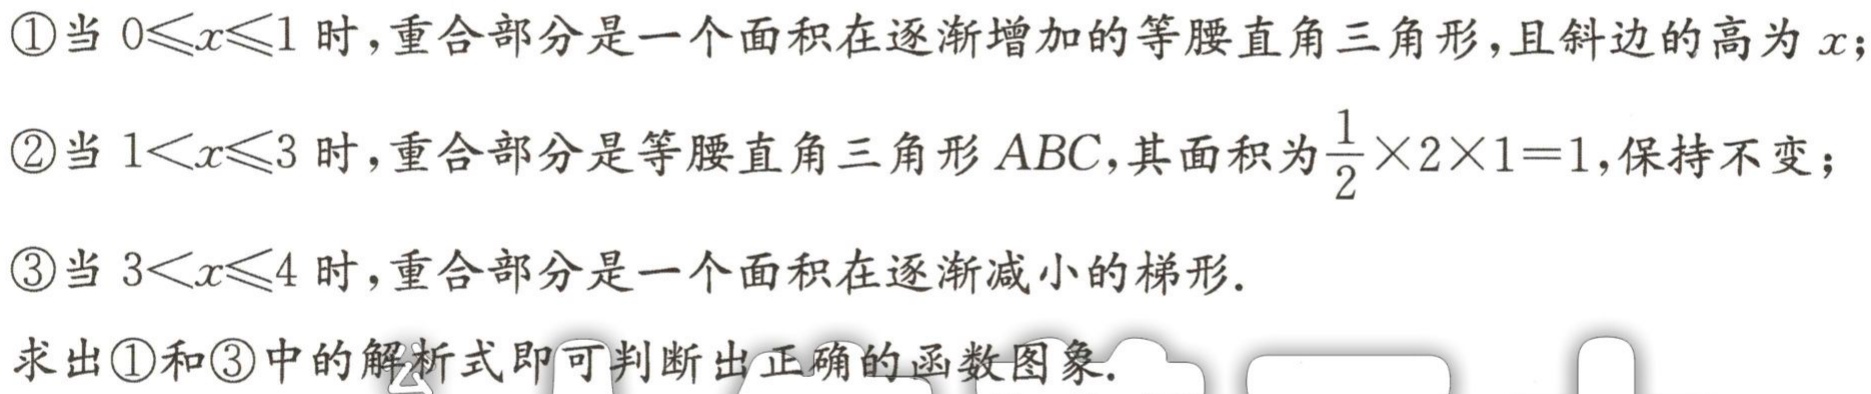
\textcircled{1}当 \(0\leqslant x\leqslant1\) 时，重合部分是一个面积在逐渐增加的等腰直角三角形，且斜边的高为 \(x\)；
\textcircled{2}当 \(1<x\leqslant3\) 时，重合部分是等腰直角三角形 \(ABC\)，其面积为 \(\frac{1}{2}\times2\times1 = 1\)，保持不变；
\textcircled{3}当 \(3<x\leqslant4\) 时，重合部分是一个面积在逐渐减小的梯形.
求出\textcircled{1}和\textcircled{3}中的解析式即可判断出正确的函数图象.